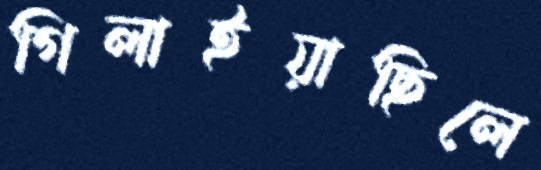
গিলাইয়াছিলে